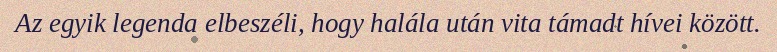
Az egyik legenda elbeszéli, hogy halála után vita támadt hívei között.